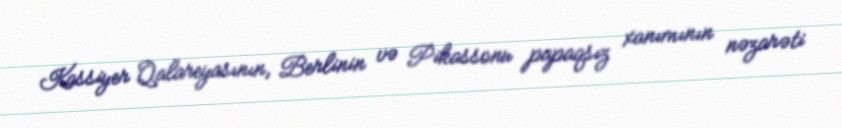
Kassiyer Qalareyasının, Berlinin və Pikassonu papaqsız xanımının nəzarəti